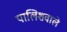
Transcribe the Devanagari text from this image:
पालिशवाले